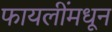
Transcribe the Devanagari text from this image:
फायलींमधून